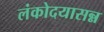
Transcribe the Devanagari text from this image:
लंकोदयासन्न